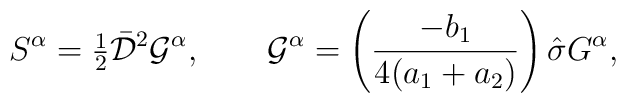
S^\alpha={\mbox{\small{$\frac12$}}}    \bar{\cal D}^2 {\cal G}^\alpha,   \quad\quad   {\cal G}^\alpha=   \left(\frac{-b_1}{4(a_1+a_2)}\right)   \hat\sigma G^\alpha,